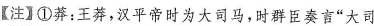
【注】①莽：王莽，汉平帝时为大司马，时群臣奏言”大司